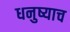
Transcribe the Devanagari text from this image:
धनुष्याच